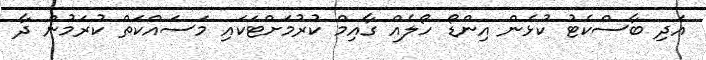
އަދި ބާސްކެޓު ކުޅެން އިންޑޯ ހޯލެއް ގާއިމް ކުރުމަށްޓަކައި މަސައްކަތް ކުރަމުން ދާ